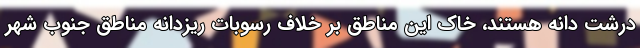
درشت دانه هستند، خاک این مناطق بر خلاف رسوبات ریزدانه مناطق جنوب شهر